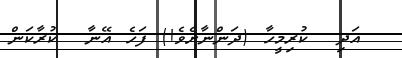
އަދި  ކުރިމީހާ (ދަންނާށެވެ!) ފަހެ އޭނާ  ކުރާކަން